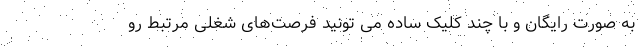
به صورت رایگان و با چند کلیک ساده می تونید فرصت‌های شغلی مرتبط رو